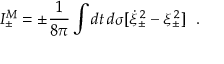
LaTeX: I _ { \pm } ^ { M } = \pm { \frac { 1 } { 8 \pi } } \int d t \, d \sigma [ \dot { \xi } _ { \pm } ^ { \, 2 } - \xi _ { \pm } ^ { \, 2 } ] ~ ~ .